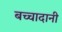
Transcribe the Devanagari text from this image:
बच्चादानी